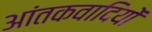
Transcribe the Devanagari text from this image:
आंतकवादियों